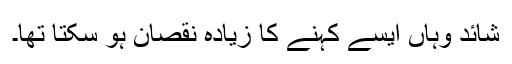
شائد وہاں ایسے کہنے کا زیادہ نقصان ہو سکتا تھا۔